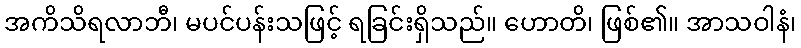
အကိသိရလာဘီ၊ မပင်ပန်းသဖြင့် ရခြင်းရှိသည်။ ဟောတိ၊ ဖြစ်၏။ အာသဝါနံ၊